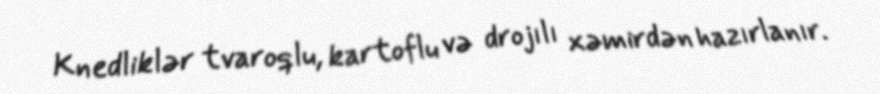
Knedliklər tvaroqlu, kartoflu və drojılı xəmirdən hazırlanır.